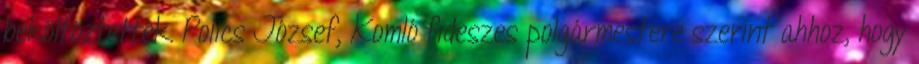
beköltöztették. Polics József, Komló fideszes polgármestere szerint ahhoz, hogy